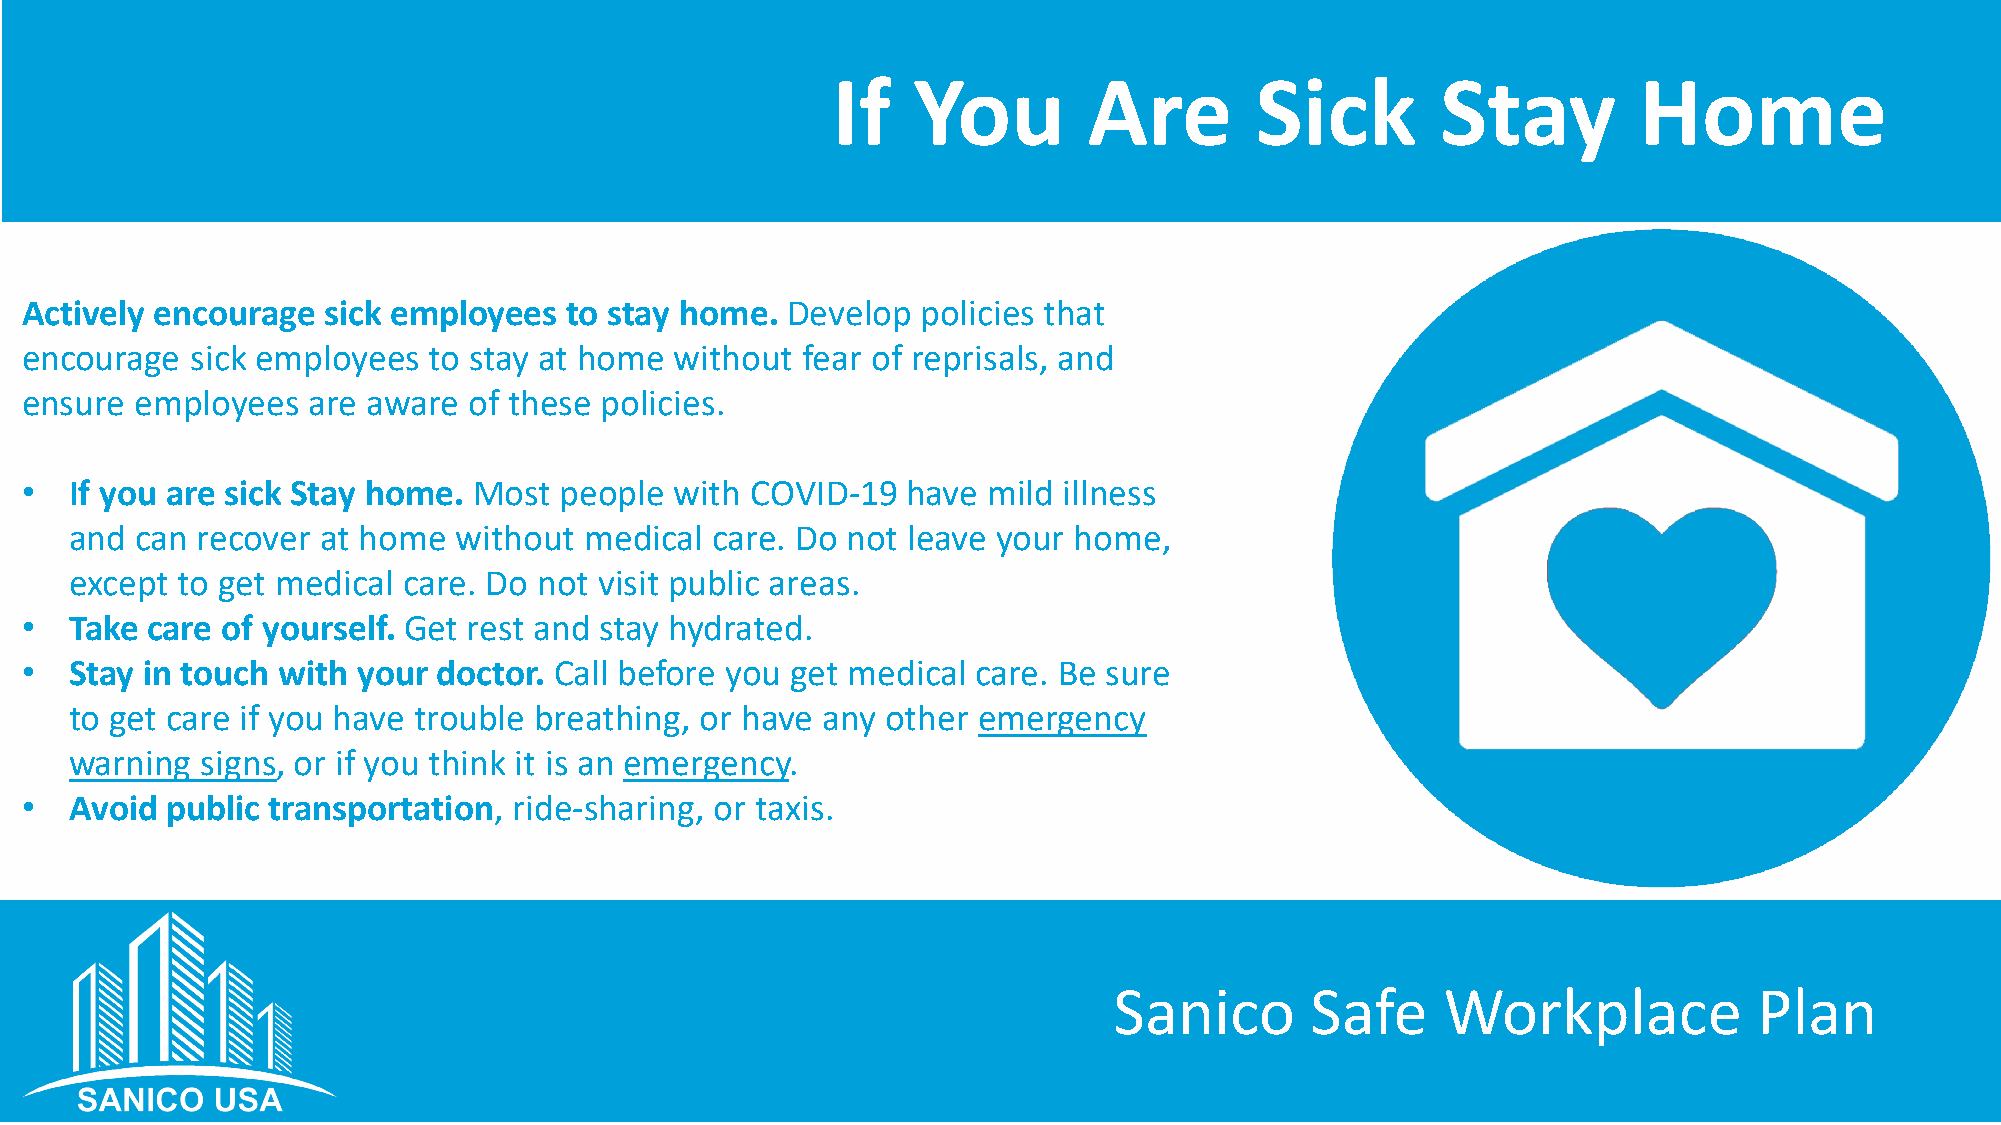
If   You         Are        Sick        Stay         Home
 Actively encourage  sick employees   to stay home. Develop  policies that
 encourage   sick employees to stay at home  without fear of reprisals, and
 ensure  employees  are aware  of these policies.
 •   If you are sick Stay home. Most people  with COVID-19  have mild illness
 and can recover at home  without  medical care. Do not leave your home,
 except to get medical care. Do not visit public areas.
 •   Take care of yourself. Get rest and stay hydrated.
 •   Stay in touch with your doctor. Call before you get medical care. Be sure
 to get care if you have trouble breathing, or have any other emergency
 warning signs, or if you think it is an emergency.
 •   Avoid public transportation, ride-sharing, or taxis.
 Sanico       Safe     Workplace           Plan